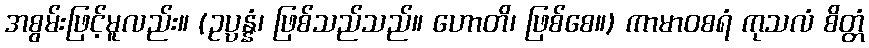
အစွမ်းဖြင့်မူလည်း။ (ဥပ္ပန္နံ၊ ဖြစ်သည်သည်။ ဟောတိ၊ ဖြစ်စေ။) ကာမာဝစရံ ကုသလံ စိတ္တံ